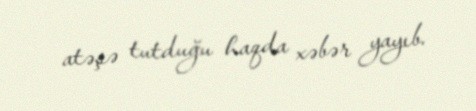
atəşə tutduğu haqda xəbər yayıb.